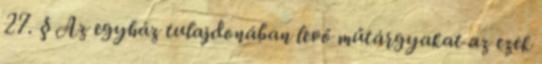
27. § Az egyház tulajdonában levő műtárgyakat az ezek